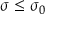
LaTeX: \sigma \leq \sigma _ { 0 }